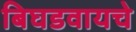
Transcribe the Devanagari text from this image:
बिघडवायचे